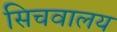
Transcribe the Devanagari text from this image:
सिचवालय